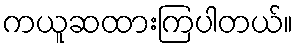
ကယူဆထားကြပါတယ်။